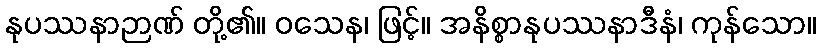
နုပဿနာဉာဏ် တို့၏။ ဝသေန၊ ဖြင့်။ အနိစ္စာနုပဿနာဒီနံ၊ ကုန်သော။